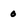
Character: 0